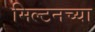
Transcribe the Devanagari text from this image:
मिल्टनच्या